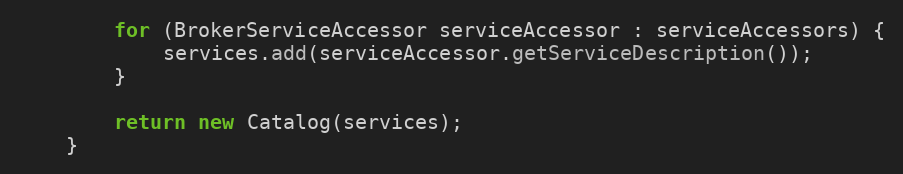
Language: Java
        for (BrokerServiceAccessor serviceAccessor : serviceAccessors) {
            services.add(serviceAccessor.getServiceDescription());
        }

        return new Catalog(services);
    }